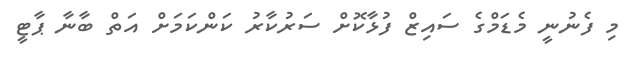
މި ފެނުނީ މެޑަމްގެ ސައިޒް ފުޅާކޮށް ސަރުކާރު ކަންކަމަށް އަތް ބާނާ ޕާޓީ